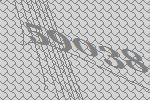
59038